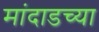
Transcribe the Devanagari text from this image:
मांदाडच्या